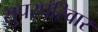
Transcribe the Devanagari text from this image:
सुपरपरिवार